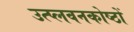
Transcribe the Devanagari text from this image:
उत्प्लवनकोष्ठों